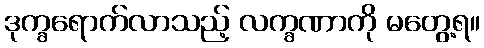
ဒုက္ခရောက်လာသည့် လက္ခဏာကို မတွေ့ရ။